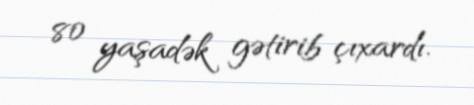
80 yaşadək gətirib çıxardı.